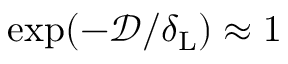
\exp ( - \mathcal { D } / \delta _ { \mathrm { L } } ) \approx 1